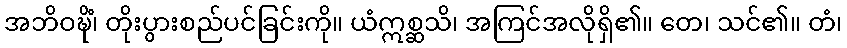
အဘိဝဍ္ဎိံ၊ တိုးပွားစည်ပင်ခြင်းကို။ ယံဣစ္ဆသိ၊ အကြင်အလိုရှိ၏။ တေ၊ သင်၏။ တံ၊